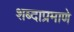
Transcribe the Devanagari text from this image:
शब्दाप्रमाणे